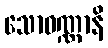
သောဝဏ္ဏာနိ